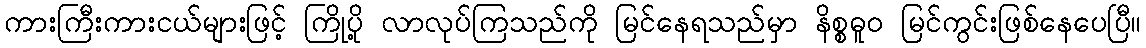
ကားကြီးကားငယ်များဖြင့် ကြိုပို့ လာလုပ်ကြသည်ကို မြင်နေရသည်မှာ နိစ္စဓူဝ မြင်ကွင်းဖြစ်နေပေပြီ။